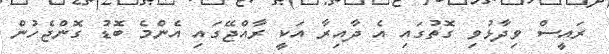
ރައީސް ވިދާޅުވި ގޮތުގައި އެ ދާއިރާ އަކީ ރާއްޖޭގައި އެންމެ ބޮޑު ގޮންޖެހުން